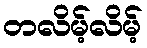
တလိမ့်လိမ့်